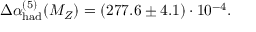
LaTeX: \Delta \alpha _ { \mathrm { h a d } } ^ { ( 5 ) } ( M _ { Z } ) = ( 2 7 7 . 6 \pm 4 . 1 ) \cdot 1 0 ^ { - 4 } .